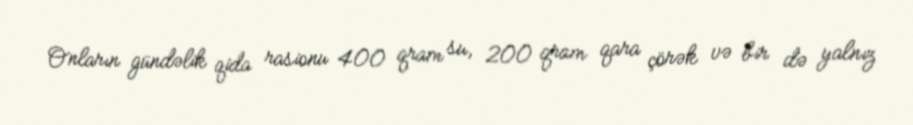
Onların gündəlik qida rasionu 400 qram su, 200 qram qara çörək və bir də yalnız